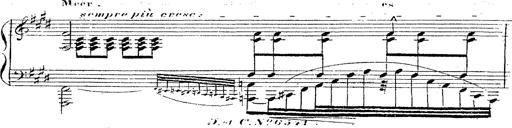
Title: 12 Lieder von Franz Schubert
Composer: Franz Liszt